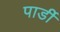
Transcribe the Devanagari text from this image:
पार्डी